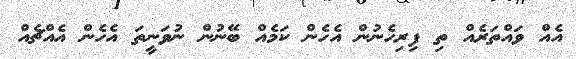
އެއް ވައްތަރެއް ތި ފިރިހެނުން އެހެން ކަމެއް ބޭނުން ނުވަނީތަ އެހެން އެއްޗެއް